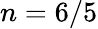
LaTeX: n=6/5